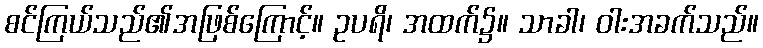
စင်ကြယ်သည်၏အဖြစ်ကြောင့်။ ဥပရိ၊ အထက်၌။ သာခါ၊ ဝါးအခက်သည်။